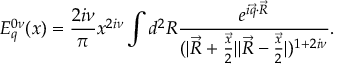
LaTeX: E _ { q } ^ { 0 \nu } ( x ) = { \frac { 2 i \nu } { \pi } } x ^ { 2 i \nu } \int d ^ { 2 } R { \frac { e ^ { i \vec { q } \cdot \vec { R } } } { ( \vert \vec { R } + { \frac { \vec { x } } { 2 } } \vert \vert \vec { R } - { \frac { \vec { x } } { 2 } } \vert ) ^ { 1 + 2 i \nu } } } .